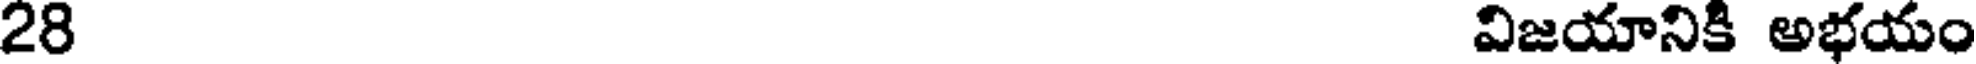
28 విజయానికి అభయం